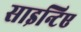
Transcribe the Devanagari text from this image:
साइन्टिए